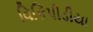
વિકિપીડીયા